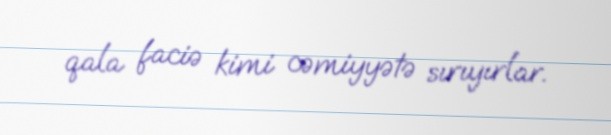
qala faciə kimi cəmiyyətə sırıyırlar.